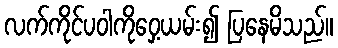
လက်ကိုင်ပဝါကိုဝှေ့ယမ်း၍ ပြနေမိသည်။